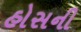
હોસની